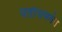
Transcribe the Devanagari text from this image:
पतींसमवेत